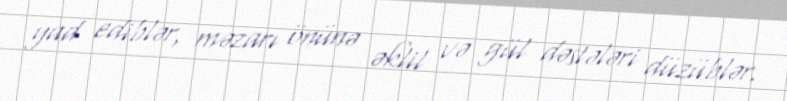
yad ediblər, məzarı önünə əklil və gül dəstələri düzüblər.